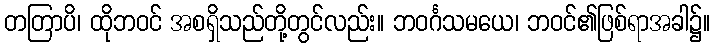
တတြာပိ၊ ထိုဘဝင် အစရှိသည်တို့တွင်လည်း။ ဘဝင်္ဂသမယေ၊ ဘဝင်၏ဖြစ်ရာအခါ၌။